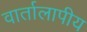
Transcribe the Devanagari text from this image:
वार्तालापीय